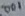
Text: 001